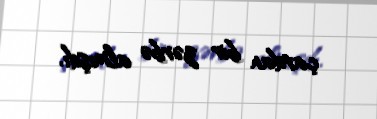
çardan bir zərbə almışdı.